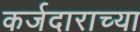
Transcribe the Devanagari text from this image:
कर्जदाराच्या